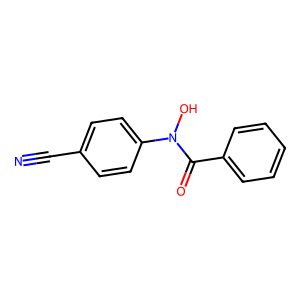
SMILES: N#Cc1ccc(N(O)C(=O)c2ccccc2)cc1
Inhibits HIV replication: No